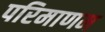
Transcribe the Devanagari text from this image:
परिमाणम